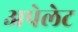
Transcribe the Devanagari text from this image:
अपेलेट